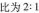
比为2:1